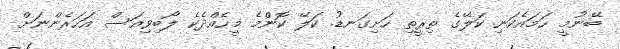
ބޭނުމީ ހަމައެކަނި ކަލޭގެ ތިރީތި ހަށިގަނޑު. ކަލޭ ކޮންމެ މީހެއްދެކެ ލޯބިވިއަސް އަހަރެންނަށް